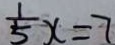
\frac { 1 } { 5 } x = 7